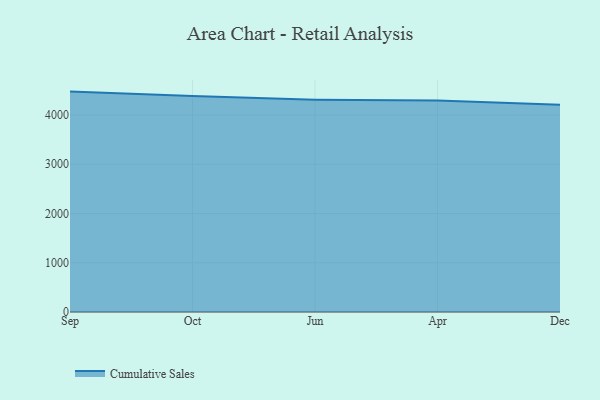
{"axis": {"x": "Month", "y": "Tickets Resolved"}, "legend": ["Cumulative Sales"], "data": [{"x": "Sep", "y": 4475.1, "type": "Cumulative Sales"}, {"x": "Oct", "y": 4383.5, "type": "Cumulative Sales"}, {"x": "Jun", "y": 4312.0, "type": "Cumulative Sales"}, {"x": "Apr", "y": 4294.8, "type": "Cumulative Sales"}, {"x": "Dec", "y": 4206.1, "type": "Cumulative Sales"}]}